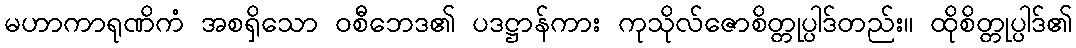
မဟာကာရုဏိကံ အစရှိသော ဝစီဘေဒ၏ ပဒဋ္ဌာန်ကား ကုသိုလ်ဇောစိတ္တုပ္ပါဒ်တည်း။ ထိုစိတ္တုပ္ပါဒ်၏